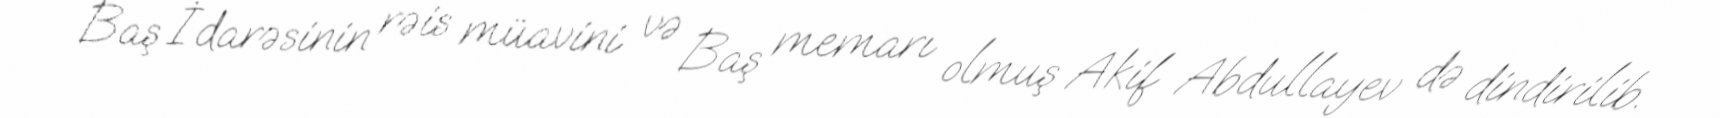
Baş İdarəsinin rəis müavini və Baş memarı olmuş Akif Abdullayev də dindirilib.